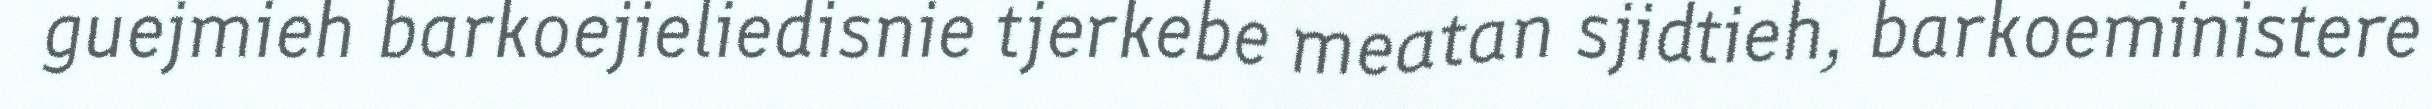
guejmieh barkoejieliedisnie tjerkebe meatan sjidtieh, barkoeministere